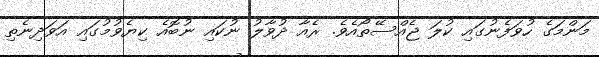
މަންމަގެ ހުވަފެނުގައި ކުލަ ޖެއްސޭތޯއެވެ. ރެއާ ދުވާލު ނުކައި ނުބޮއެ ކިޔެވުމުގައި އަވަދިނެތި